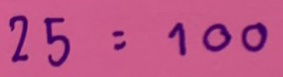
25 = 100